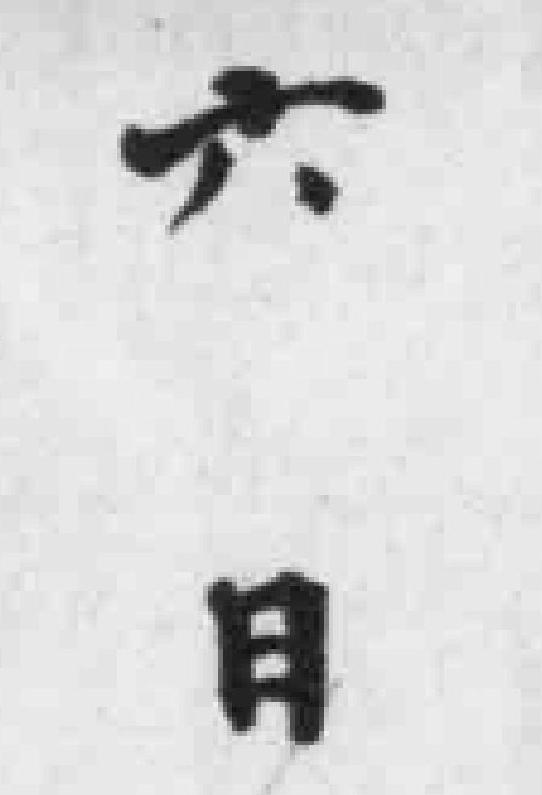
待识别